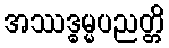
အဿဒ္ဓမ္မပညတ္တိ